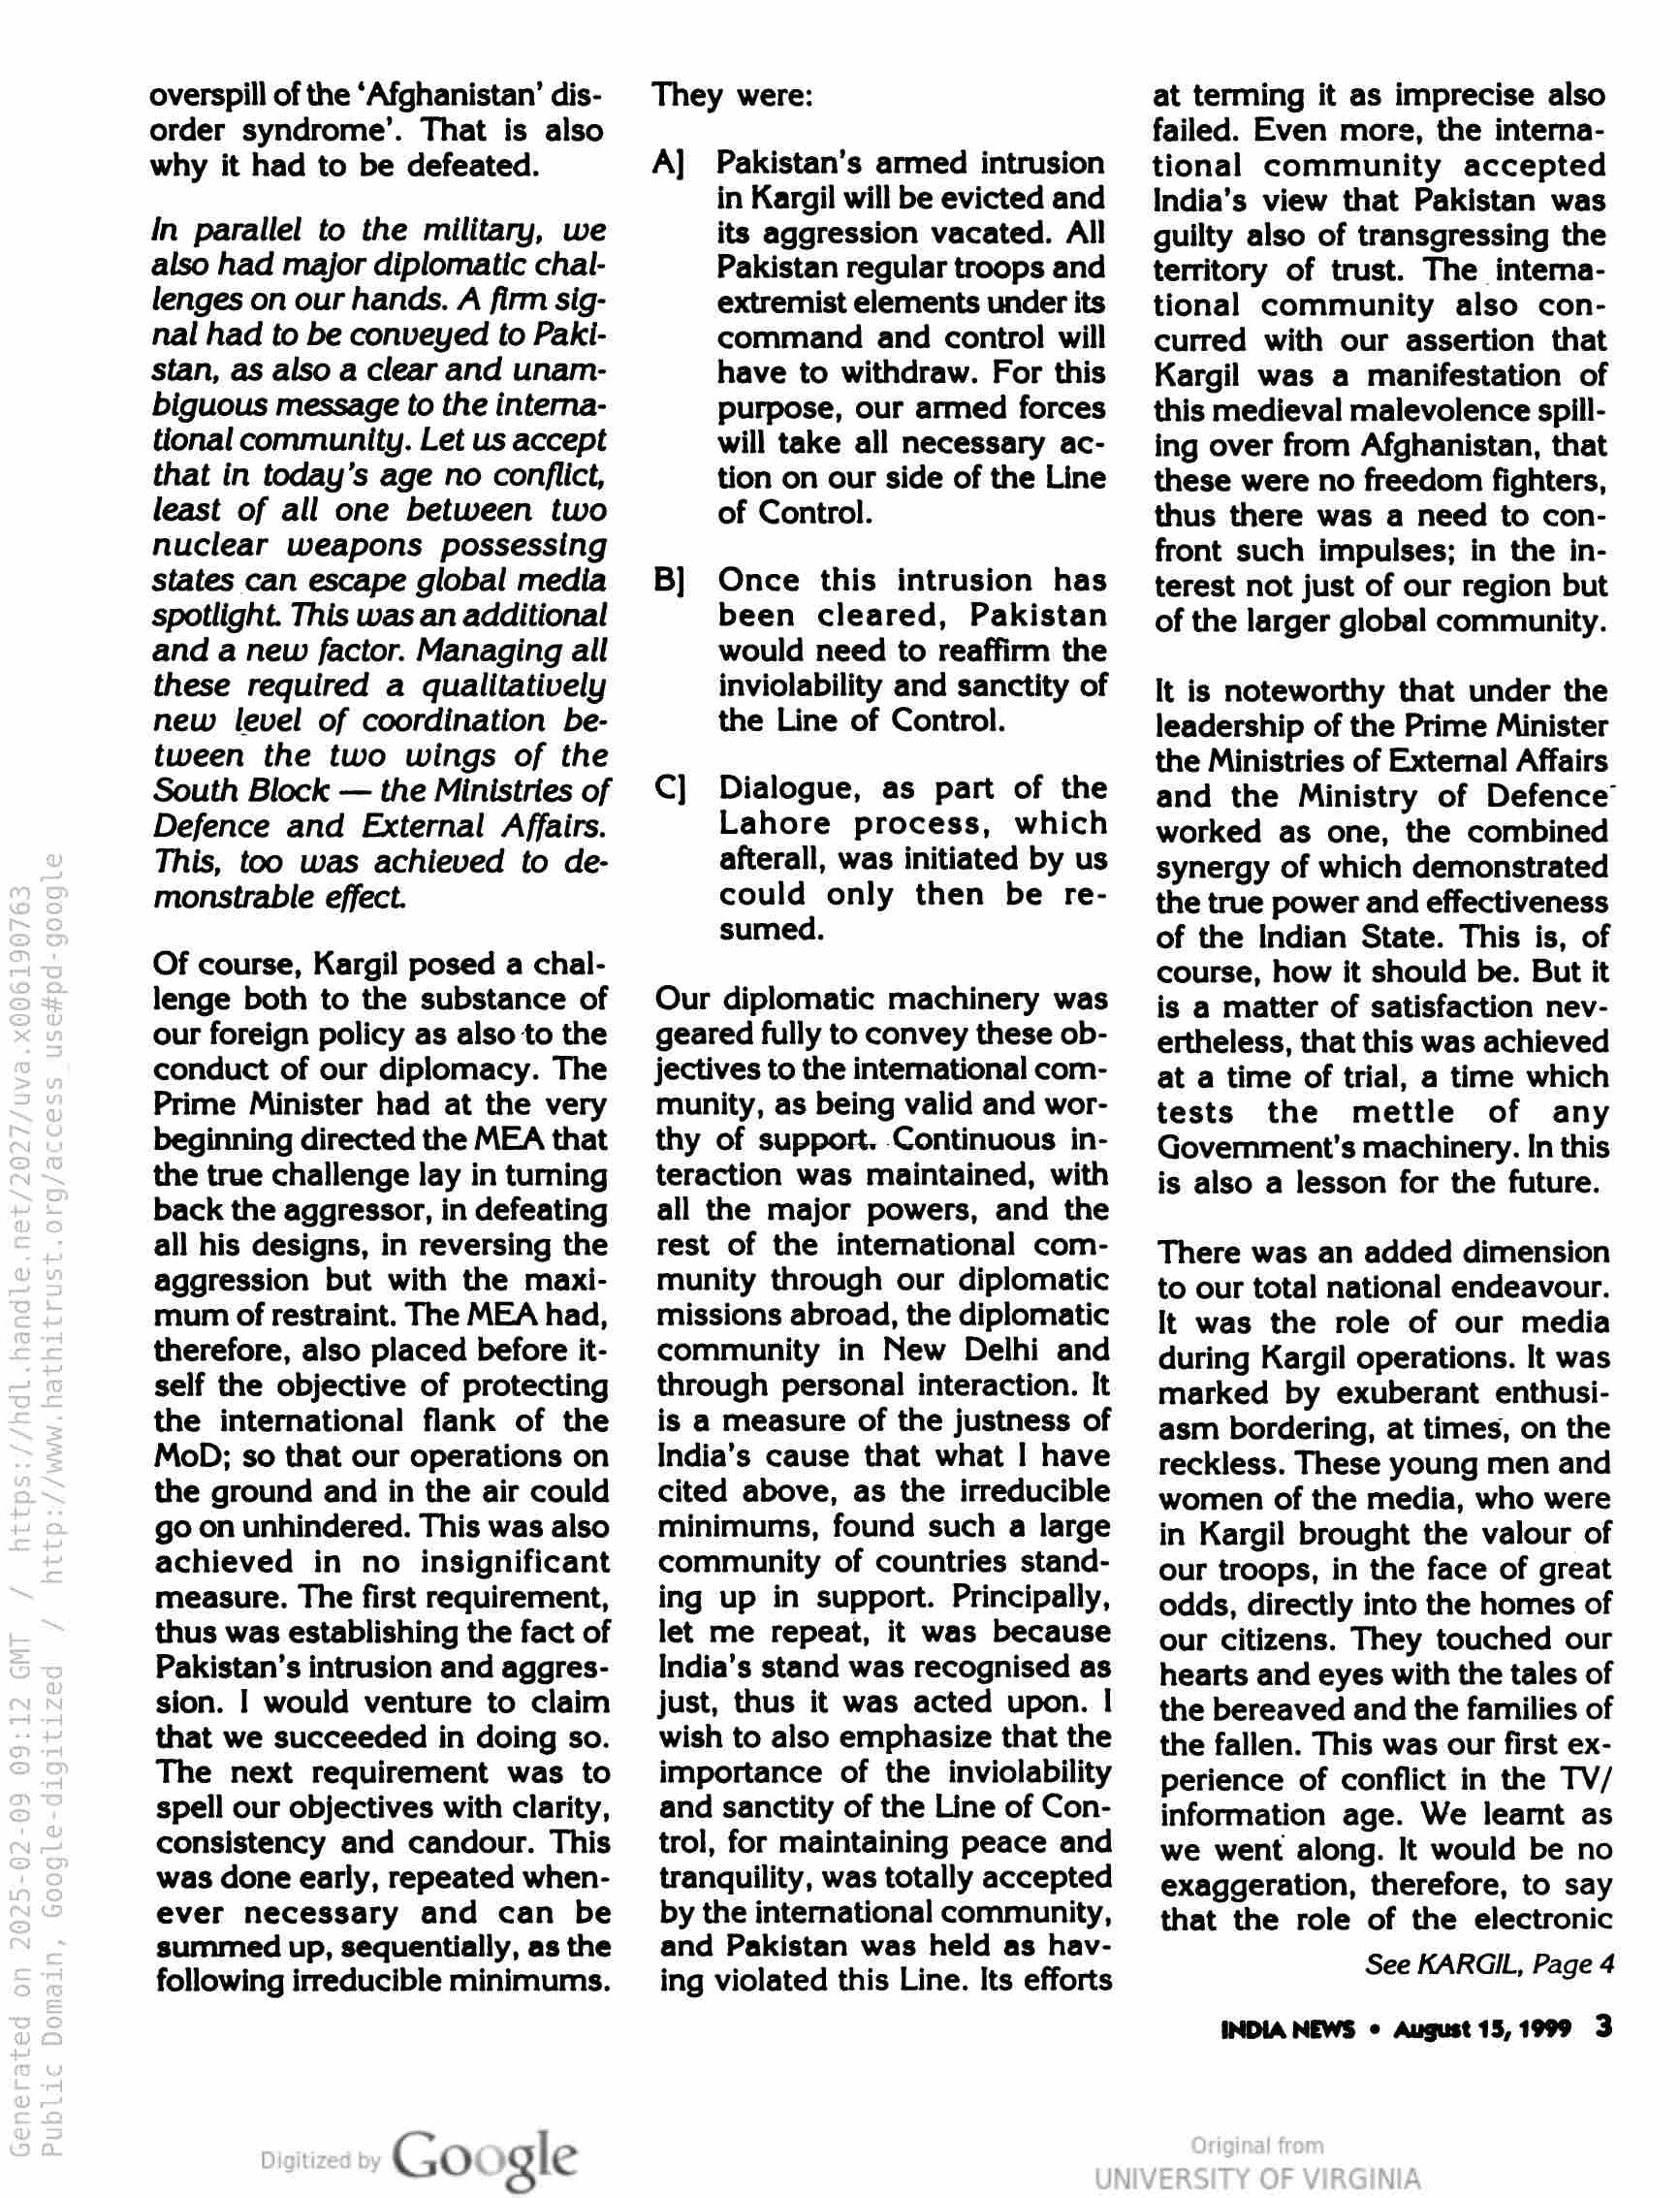
overspill of the ‘Afghanistan’ dis-
order syndrome’. That is also
why it had to be defeated.

In parallel to the military, we
also had major diplomatic chal-
lenges on our hands. A firm sig-
nal had to be conveyed to Paki-
stan, as also a clear and unam-
biguous message to the interna-
tional community. Let us accept
that in today’s age no conflict,
least of all one between two
nuclear weapons possessing
states can escape global media
spotlight. This was an additional
and a new factor. Managing all
these required a qualitatively
new level of coordination be-
tween the two wings of the
South Block — the Ministries of
Defence and External Affairs.
This, too was achieved to de-
monstrable effect.

Of course, Kargil posed a chal-
lenge both to the substance of
our foreign policy as also to the
conduct of our diplomacy. The
Prime Minister had at the very
beginning directed the MEA that
the true challenge lay in turning
back the aggressor, in defeating
all his designs, in reversing the
aggression but with the maxi-
mum of restraint. The MEA had,
therefore, also placed before it-
self the objective of protecting
the international flank of the
MoD; so that our operations on
the ground and in the air could
go on unhindered. This was also
achieved in no insignificant
measure. The first requirement,
thus was establishing the fact of
Pakistan’s intrusion and aggres-
sion. | would venture to claim
that we succeeded in doing so.
The next requirement was to
spell our objectives with clarity,
consistency and candour. This
was done early, repeated when-
ever necessary and can be
summed up, sequentially, as the
following irreducible minimums.

Google

They were:

A] Pakistan’s armed intrusion
in Kargil will be evicted and
its aggression vacated. All
Pakistan regular troops and
extremist elements under its
command and control will
have to withdraw. For this
purpose, our armed forces
will take all necessary ac-
tion on our side of the Line
of Control.

B] Once this intrusion has
been cleared, Pakistan
would need to reaffirm the
inviolability and sanctity of
the Line of Control.

C] Dialogue, as part of the
Lahore process, which
afterall, was initiated by us
could only then be re-
sumed.

Our diplomatic machinery was
geared fully to convey these ob-
jectives to the international com-
munity, as being valid and wor-
thy of support. Continuous in-
teraction was maintained, with
all the major powers, and the
rest of the international com-
munity through our diplomatic
missions abroad, the diplomatic
community in New Delhi and
through personal interaction. It
is a measure of the justness of
India’s cause that what | have
cited above, as the irreducible
minimums, found such a large
community of countries stand-
ing up in support. Principally,
let me repeat, it was because
India’s stand was recognised as
just, thus it was acted upon. |
wish to also emphasize that the
importance of the inviolability
and sanctity of the Line of Con-
trol, for maintaining peace and
tranquility, was totally accepted
by the international community,
and Pakistan was held as hav-
ing violated this Line. Its efforts

at terming it as imprecise also
failed. Even more, the interna-
tional community accepted
India’s view that Pakistan was
guilty also of transgressing the
territory of trust. The interna-
tional community also con-
curred with our assertion that
Kargil was a manifestation of
this medieval malevolence spill-
ing over from Afghanistan, that
these were no freedom fighters,
thus there was a need to con-
front such impulses; in the in-
terest not just of our region but
of the larger global community.

It is noteworthy that under the
leadership of the Prime Minister
the Ministries of External Affairs
and the Ministry of Defence’
worked as one, the combined
synergy of which demonstrated
the true power and effectiveness
of the Indian State. This is, of
course, how it should be. But it
is a matter of satisfaction nev-
ertheless, that this was achieved
at a time of trial, a time which
tests the mettle of any
Government's machinery. In this
is also a lesson for the future.

There was an added dimension
to our total national endeavour.
It was the role of our media
during Kargil operations. It was
marked by exuberant enthusi-
asm bordering, at times, on the
reckless. These young men and
women of the media, who were
in Kargil brought the valour of
our troops, in the face of great
odds, directly into the homes of
our citizens. They touched our
hearts and eyes with the tales of
the bereaved and the families of
the fallen. This was our first ex-
perience of conflict in the TV/
information age. We learnt as
we went along. It would be no
exaggeration, therefore, to say
that the role of the electronic

See KARGIL, Page 4

INDIA NEWS ¢ August 15,1999 3